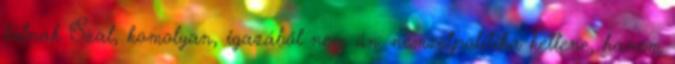
látnak Szal, komolyan, igazából nem ún. nemzetpolitika kellene, hanem